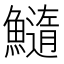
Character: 𩼂